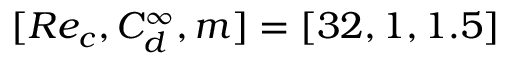
[ R e _ { c } , C _ { d } ^ { \infty } , m ] = [ 3 2 , 1 , 1 . 5 ]